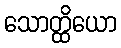
သောတ္ထိယော